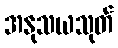
အနုသယသုတ်